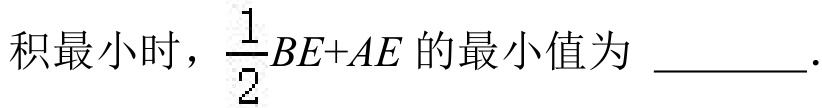
积最小时，$\frac{1}{2}BE + AE$的最小值为  .